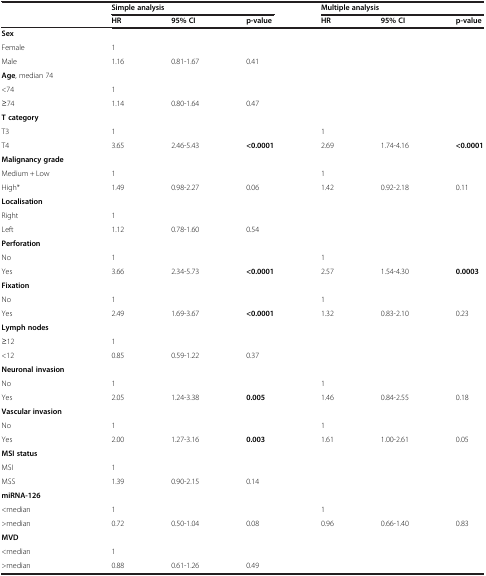
<table><thead><tr><td>[EMPTY_CELL]</td><td colspan="3"><b>Simple analysis</b></td><td colspan="3"><b>Multiple analysis</b></td></tr><tr><td>[EMPTY_CELL]</td><td><b>HR</b></td><td><b>95% CI</b></td><td><b>p-value</b></td><td><b>HR</b></td><td><b>95% CI</b></td><td><b>p-value</b></td></tr></thead><tbody><tr><td><b>Sex</b></td><td>[EMPTY_CELL]</td><td>[EMPTY_CELL]</td><td>[EMPTY_CELL]</td><td>[EMPTY_CELL]</td><td>[EMPTY_CELL]</td><td>[EMPTY_CELL]</td></tr><tr><td>Female</td><td>1</td><td>[EMPTY_CELL]</td><td>[EMPTY_CELL]</td><td>[EMPTY_CELL]</td><td>[EMPTY_CELL]</td><td>[EMPTY_CELL]</td></tr><tr><td>Male</td><td>1.16</td><td>0.81-1.67</td><td>0.41</td><td>[EMPTY_CELL]</td><td>[EMPTY_CELL]</td><td>[EMPTY_CELL]</td></tr><tr><td><b>Age</b>, median 74</td><td>[EMPTY_CELL]</td><td>[EMPTY_CELL]</td><td>[EMPTY_CELL]</td><td>[EMPTY_CELL]</td><td>[EMPTY_CELL]</td><td>[EMPTY_CELL]</td></tr><tr><td>&lt;74</td><td>1</td><td>[EMPTY_CELL]</td><td>[EMPTY_CELL]</td><td>[EMPTY_CELL]</td><td>[EMPTY_CELL]</td><td>[EMPTY_CELL]</td></tr><tr><td>≥74</td><td>1.14</td><td>0.80-1.64</td><td>0.47</td><td>[EMPTY_CELL]</td><td>[EMPTY_CELL]</td><td>[EMPTY_CELL]</td></tr><tr><td><b>T category</b></td><td>[EMPTY_CELL]</td><td>[EMPTY_CELL]</td><td>[EMPTY_CELL]</td><td>[EMPTY_CELL]</td><td>[EMPTY_CELL]</td><td>[EMPTY_CELL]</td></tr><tr><td>T3</td><td>1</td><td>[EMPTY_CELL]</td><td>[EMPTY_CELL]</td><td>1</td><td>[EMPTY_CELL]</td><td>[EMPTY_CELL]</td></tr><tr><td>T4</td><td>3.65</td><td>2.46-5.43</td><td><b>&lt;0.0001</b></td><td>2.69</td><td>1.74-4.16</td><td><b>&lt;0.0001</b></td></tr><tr><td><b>Malignancy grade</b></td><td>[EMPTY_CELL]</td><td>[EMPTY_CELL]</td><td>[EMPTY_CELL]</td><td>[EMPTY_CELL]</td><td>[EMPTY_CELL]</td><td>[EMPTY_CELL]</td></tr><tr><td>Medium + Low</td><td>1</td><td>[EMPTY_CELL]</td><td>[EMPTY_CELL]</td><td>1</td><td>[EMPTY_CELL]</td><td>[EMPTY_CELL]</td></tr><tr><td>High*</td><td>1.49</td><td>0.98-2.27</td><td>0.06</td><td>1.42</td><td>0.92-2.18</td><td>0.11</td></tr><tr><td><b>Localisation</b></td><td>[EMPTY_CELL]</td><td>[EMPTY_CELL]</td><td>[EMPTY_CELL]</td><td>[EMPTY_CELL]</td><td>[EMPTY_CELL]</td><td>[EMPTY_CELL]</td></tr><tr><td>Right</td><td>1</td><td>[EMPTY_CELL]</td><td>[EMPTY_CELL]</td><td>[EMPTY_CELL]</td><td>[EMPTY_CELL]</td><td>[EMPTY_CELL]</td></tr><tr><td>Left</td><td>1.12</td><td>0.78-1.60</td><td>0.54</td><td>[EMPTY_CELL]</td><td>[EMPTY_CELL]</td><td>[EMPTY_CELL]</td></tr><tr><td><b>Perforation</b></td><td>[EMPTY_CELL]</td><td>[EMPTY_CELL]</td><td>[EMPTY_CELL]</td><td>[EMPTY_CELL]</td><td>[EMPTY_CELL]</td><td>[EMPTY_CELL]</td></tr><tr><td>No</td><td>1</td><td>[EMPTY_CELL]</td><td>[EMPTY_CELL]</td><td>1</td><td>[EMPTY_CELL]</td><td>[EMPTY_CELL]</td></tr><tr><td>Yes</td><td>3.66</td><td>2.34-5.73</td><td><b>&lt;0.0001</b></td><td>2.57</td><td>1.54-4.30</td><td><b>0.0003</b></td></tr><tr><td><b>Fixation</b></td><td>[EMPTY_CELL]</td><td>[EMPTY_CELL]</td><td>[EMPTY_CELL]</td><td>[EMPTY_CELL]</td><td>[EMPTY_CELL]</td><td>[EMPTY_CELL]</td></tr><tr><td>No</td><td>1</td><td>[EMPTY_CELL]</td><td>[EMPTY_CELL]</td><td>1</td><td>[EMPTY_CELL]</td><td>[EMPTY_CELL]</td></tr><tr><td>Yes</td><td>2.49</td><td>1.69-3.67</td><td><b>&lt;0.0001</b></td><td>1.32</td><td>0.83-2.10</td><td>0.23</td></tr><tr><td><b>Lymph nodes</b></td><td>[EMPTY_CELL]</td><td>[EMPTY_CELL]</td><td>[EMPTY_CELL]</td><td>[EMPTY_CELL]</td><td>[EMPTY_CELL]</td><td>[EMPTY_CELL]</td></tr><tr><td>≥12</td><td>1</td><td>[EMPTY_CELL]</td><td>[EMPTY_CELL]</td><td>[EMPTY_CELL]</td><td>[EMPTY_CELL]</td><td>[EMPTY_CELL]</td></tr><tr><td>&lt;12</td><td>0.85</td><td>0.59-1.22</td><td>0.37</td><td>[EMPTY_CELL]</td><td>[EMPTY_CELL]</td><td>[EMPTY_CELL]</td></tr><tr><td><b>Neuronal invasion</b></td><td>[EMPTY_CELL]</td><td>[EMPTY_CELL]</td><td>[EMPTY_CELL]</td><td>[EMPTY_CELL]</td><td>[EMPTY_CELL]</td><td>[EMPTY_CELL]</td></tr><tr><td>No</td><td>1</td><td>[EMPTY_CELL]</td><td>[EMPTY_CELL]</td><td>1</td><td>[EMPTY_CELL]</td><td>[EMPTY_CELL]</td></tr><tr><td>Yes</td><td>2.05</td><td>1.24-3.38</td><td><b>0.005</b></td><td>1.46</td><td>0.84-2.55</td><td>0.18</td></tr><tr><td><b>Vascular invasion</b></td><td>[EMPTY_CELL]</td><td>[EMPTY_CELL]</td><td>[EMPTY_CELL]</td><td>[EMPTY_CELL]</td><td>[EMPTY_CELL]</td><td>[EMPTY_CELL]</td></tr><tr><td>No</td><td>1</td><td>[EMPTY_CELL]</td><td>[EMPTY_CELL]</td><td>1</td><td>[EMPTY_CELL]</td><td>[EMPTY_CELL]</td></tr><tr><td>Yes</td><td>2.00</td><td>1.27-3.16</td><td><b>0.003</b></td><td>1.61</td><td>1.00-2.61</td><td>0.05</td></tr><tr><td><b>MSI status</b></td><td>[EMPTY_CELL]</td><td>[EMPTY_CELL]</td><td>[EMPTY_CELL]</td><td>[EMPTY_CELL]</td><td>[EMPTY_CELL]</td><td>[EMPTY_CELL]</td></tr><tr><td>MSI</td><td>1</td><td>[EMPTY_CELL]</td><td>[EMPTY_CELL]</td><td>[EMPTY_CELL]</td><td>[EMPTY_CELL]</td><td>[EMPTY_CELL]</td></tr><tr><td>MSS</td><td>1.39</td><td>0.90-2.15</td><td>0.14</td><td>[EMPTY_CELL]</td><td>[EMPTY_CELL]</td><td>[EMPTY_CELL]</td></tr><tr><td><b>miRNA-126</b></td><td>[EMPTY_CELL]</td><td>[EMPTY_CELL]</td><td>[EMPTY_CELL]</td><td>[EMPTY_CELL]</td><td>[EMPTY_CELL]</td><td>[EMPTY_CELL]</td></tr><tr><td><median><td>1</td><td>[EMPTY_CELL]</td><td>[EMPTY_CELL]</td><td>1</td><td>[EMPTY_CELL]</td><td>[EMPTY_CELL]</td></median></td></tr><tr><td>&gt;median</td><td>0.72</td><td>0.50-1.04</td><td>0.08</td><td>0.96</td><td>0.66-1.40</td><td>0.83</td></tr><tr><td><b>MVD</b></td><td>[EMPTY_CELL]</td><td>[EMPTY_CELL]</td><td>[EMPTY_CELL]</td><td>[EMPTY_CELL]</td><td>[EMPTY_CELL]</td><td>[EMPTY_CELL]</td></tr><tr><td><median><td>1</td><td>[EMPTY_CELL]</td><td>[EMPTY_CELL]</td><td>[EMPTY_CELL]</td><td>[EMPTY_CELL]</td><td>[EMPTY_CELL]</td></median></td></tr><tr><td>&gt;median</td><td>0.88</td><td>0.61-1.26</td><td>0.49</td><td>[EMPTY_CELL]</td><td>[EMPTY_CELL]</td><td>[EMPTY_CELL]</td></tr></tbody></table>